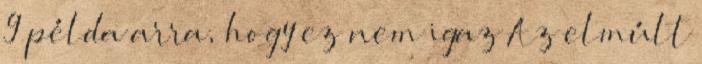
9 példa arra, hogy ez nem igaz Az elmúlt